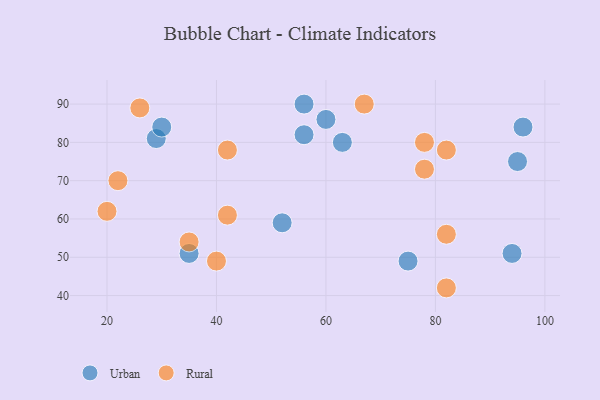
{"axis": {"x": "GDP", "y": "Life Expectancy"}, "legend": ["Rural", "Urban"], "data": [{"x": "52", "y": 59, "type": "Urban"}, {"x": "75", "y": 49, "type": "Urban"}, {"x": "35", "y": 51, "type": "Urban"}, {"x": "94", "y": 51, "type": "Urban"}, {"x": "56", "y": 90, "type": "Urban"}, {"x": "29", "y": 81, "type": "Urban"}, {"x": "96", "y": 84, "type": "Urban"}, {"x": "56", "y": 82, "type": "Urban"}, {"x": "95", "y": 75, "type": "Urban"}, {"x": "60", "y": 86, "type": "Urban"}, {"x": "30", "y": 84, "type": "Urban"}, {"x": "63", "y": 80, "type": "Urban"}, {"x": "35", "y": 54, "type": "Rural"}, {"x": "26", "y": 89, "type": "Rural"}, {"x": "78", "y": 73, "type": "Rural"}, {"x": "78", "y": 80, "type": "Rural"}, {"x": "67", "y": 90, "type": "Rural"}, {"x": "20", "y": 62, "type": "Rural"}, {"x": "40", "y": 49, "type": "Rural"}, {"x": "82", "y": 42, "type": "Rural"}, {"x": "22", "y": 70, "type": "Rural"}, {"x": "82", "y": 56, "type": "Rural"}, {"x": "42", "y": 61, "type": "Rural"}, {"x": "82", "y": 78, "type": "Rural"}, {"x": "42", "y": 78, "type": "Rural"}]}